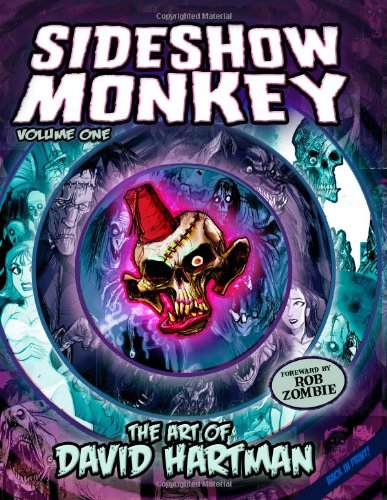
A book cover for Sideshow Monkey - The Art Of David Hartman; David Hartman; Teen & Young Adult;